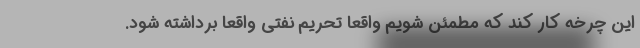
این چرخه کار کند که مطمئن شویم واقعا تحریم نفتی واقعا برداشته شود.